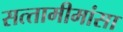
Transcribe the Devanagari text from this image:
सत्‍तामीमांसा